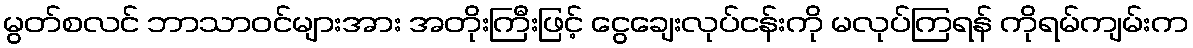
မွတ်စလင် ဘာသာဝင်များအား အတိုးကြီးဖြင့် ငွေချေးလုပ်ငန်းကို မလုပ်ကြရန် ကိုရမ်ကျမ်းက